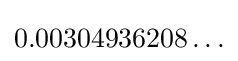
0.00304936208\ldots